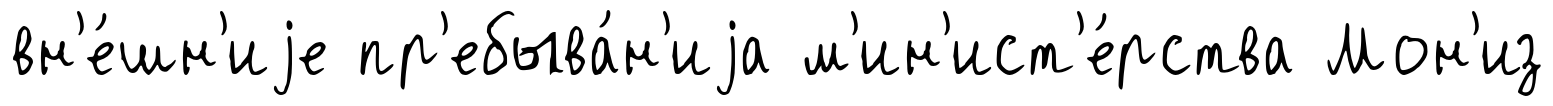
вн'е́шн'иjе пр'ебыва́н'иjа м'ин'ист'е́рства Мон'из